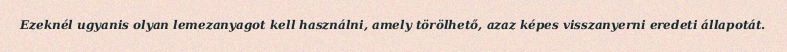
Ezeknél ugyanis olyan lemezanyagot kell használni, amely törölhető, azaz képes visszanyerni eredeti állapotát.